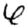
Digit: 6